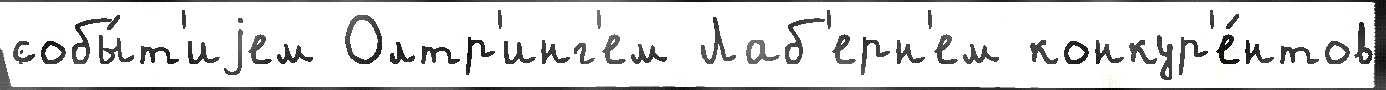
собы́т'иjем Олтр'инг'ем Лаб'ерн'ем конкур'е́нтов